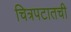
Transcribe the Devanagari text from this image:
चित्रपटातची